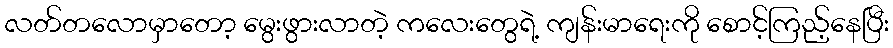
လတ်တလောမှာတော့ မွေးဖွားလာတဲ့ ကလေးတွေရဲ့ ကျန်းမာရေးကို စောင့်ကြည့်နေပြီး